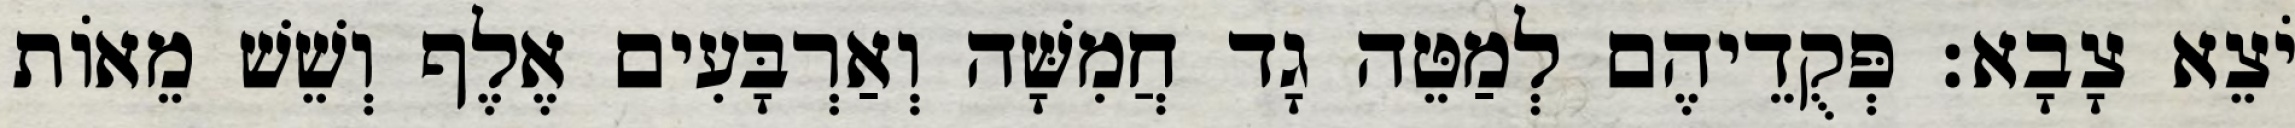
יֹצֵא צָבָא׃ פְּקֻדֵיהֶם לְמַטֵּה גָד חֲמִשָּׁה וְאַרְבָּעִים אֶלֶף וְשֵׁשׁ מֵאוֹת